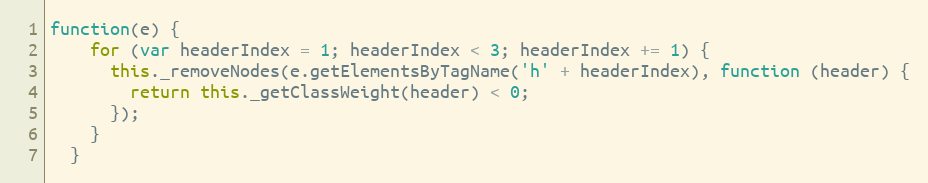
Language: JavaScript
function(e) {
    for (var headerIndex = 1; headerIndex < 3; headerIndex += 1) {
      this._removeNodes(e.getElementsByTagName('h' + headerIndex), function (header) {
        return this._getClassWeight(header) < 0;
      });
    }
  }